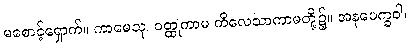
မစောင့်ရှောက်။ ကာမေသု၊ ဝတ္ထုကာမ ကိလေသာကာမတို့၌။ အနပေက္ခဝါ၊